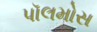
પૉલમોસ